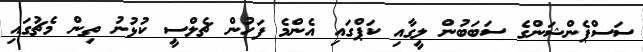
ސަސްޕެންޝަންގެ ސަބަބުން ލީގާއި ކަޕްގައި އެންމެ ފަހުން ޗެލްސީ ކުޅުނު ތިން މެޗުގައި